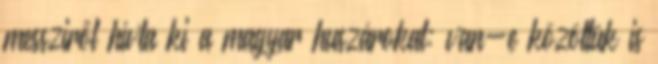
messziről hívta ki a magyar huszárokat: van-e közöttük is